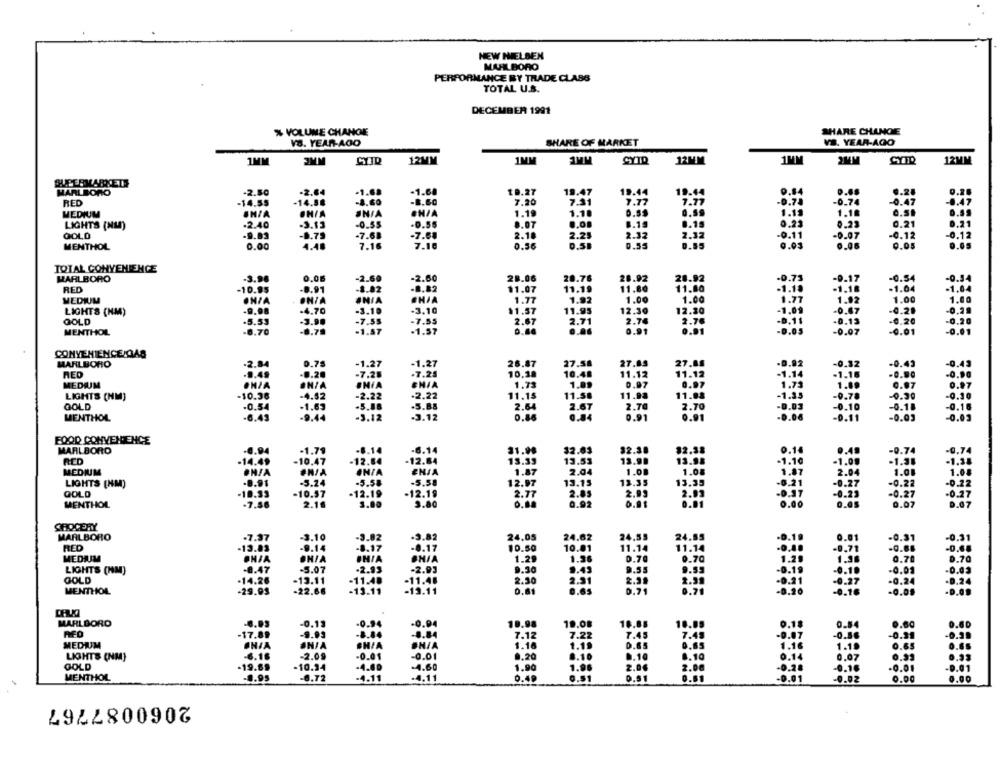
NEW NIELSEN
MARLBORO
PERFORMANCE BY TRADE CLASS
TOTAL U.S.
DECEMBER 1991
% VOLUME CHANGE
SHARE CHANGE
VS. YEAR-AGO
SHARE OF MARKET
VI. YEAR-AGO
12MM
1MM
1MM
12MM
2MM
12MM
3MM
19.47
19.4
MARLBORO
-2.80
-2.04
-1.68
-1.6
19.27
19.44
0.28
0.2.
RED
-14.55
-14.58
-4.60
-B.60
7.20
7.31
7.77
7.77
-0.74
-0.74
-0.47
-0.47
MEDIUM
SHIA
IN/A
JN/A
GHIA
1.19
0.89
1.15
1.18
0.51
LIGHTS (NM)
.2.40
-3.13
-0.55
-0.55
8.07
8.15
0.15
0.21
0.23
0.21
0.21
QOLD
-9.81
-0.75
-7.68
-7.68
2.18
2.25
2.32
2.32
-0.11
-0.97
-0.12
0.12
0.55
0.05
MENTHOL
0.00
4.4.
7.16
7.10
0.56
0.55
0.03
0.05
TOTAL CONVENIENCE
MARLBORO
-3.98
0.08
-2.60
-2.60
28.06
20.76
28.92
28.92
-0.73
-D.17
-0.54
-0.54
RED
-10.95
-8.91
-1.02
-8.82
11.07
11.19
11.80
11.80
-1.10
-1.18
-1.04
-1.04
MEDIUM
ONIA
JNIA
CHIA
1.77
1.92
1.00
1.00
1.77
1.02
1.00
1.00
LIGHTS (NM)
-9.98
-4.70
-3.10
-3.10
$1.57
11.95
12.30
12.30
-1,09
-0.47
-0.28
-0.29
-5.53
-3.90
-7.55
-7.55
2.71
2.76
2.76
-0.13
-0.20
GOLD
2.67
-9.11
MENTHOL
-6.70
-8.79
-1.57
-1.57
0.91
0.91
0.05
-0.07
0.0
-0.01
CONVENIENCE/GAS
MARLBORO
-2.84
0.75
-1.27
-1.27
26.87
27.5
27.83
27.85
-8.82
-0.37
-0.43
-0.43
RED
9.49
-0.20
-7.28
.7.25
10.28
10.48
11.12
11.12
1.16
-0.90
-1.14
MEDIUM
ONIA
INZA
#MIA
1.73
1.99
0.97
0.97
1.73
0.97
0.97
-10.36
-4.52
-2.22
.2.22
11.15
11.58
11.93
11.88
-0.78
0.30
-0.30
LIGHTS (NM)
-1.35
GOLD
.0.54
.1.63
-5.88
.5.88
2.64
2.67
2.70
2.70
-8.83
-0.10
-0.18
-0.16
MENTHOL
-6.43
9.44
-3.12
.3.12
0.86
0.91
0.91
-0.06
-0.03
-0.03
FOOD CONVENIENCE
MARLBORO
-6.14
92.38
0.15
-0.94
-1.79
-8.14
21.90
$2.03
32.38
0.49
-0.74
RED
-14.49
-10.47
-12.84
-12.84
13.39
13.51
13.9.
13.98
-1.10
-1.00
-1.31
MEDIUM
#N/A
IN/A
1.87
2.04
1.00
1.08
1.01
1.87
2.04
LIGHTS (NM)
.8.91
-5.24
-5.58
-5.58
12.97
13.15
13.35
13.35
-8.21
-0.27
-0.22
-0.22
GOLD
-10.33
-10.57
12.19
-12.19
2.77
2.85
2.99
2.93
-0.37
-0.27
-0.2
-0.27
MENTHOL
-7.56
2.16
3.00
3.80
0.92
0.91
0.01
0.07
0.07
GROCERY
MARLBORO
-7.37
-3.10
-3.82
-9.82
24.05
24.62
24.55
24.85
.0.19
0.01
-0.31
-0.31
RED
-9.14
-8.17
-8.17
10.50
10.01
11.14
11.14
-0.68
-0.68
-13.83
-0.4.
MEDIUM
OHJA
OH/A
BHIA
1.29
1.96
0.70
0.70
1.29
0.70
0.70
LIGHTS (HM)
-8.47
-5.07
-2.93
-2.93
9.30
9.43
9.55
9.55
0.19
9.10
-0.01
-27
GOLD
.14.26
-13.11
-11.48
-11.48
2.30
2.31
2.39
-0.24
0.24
MENTHOL
-29.99
-22.66
-13.11
-13.11
0.01
0.65
D.71
0.71
0.20
-0.16
-Q.05
.D.O.
MARLBORO
-6.03
-0.13
-0.94
-0.9
10.98
19.08
10.88
10.05
0.18
0.84
-17.89
-9.93
-8.84
-8.84
7.12
7.22
7.45
7.41
-0.56
-0.39
MEDIUM
ONIA
ANIA
BH/A
1.16
1.19
D.65
0.65
1.19
0.65
0.65
LIGHTS (NM)
-6.16
-2.09
-0.01
-0.01
0.20
0.10
8.10
0.07
0.33
GOLD
-19.69
-10.34
-4.00
-4.60
1.90
1.96
2.06
2.00
-0.16
.0.01
-0.01
D.S1
.0.02
MENTHOL
-4.95
-0.72
-4.11
-4.11
0.49
0.51
0.61
0.00
0.00
2060087767